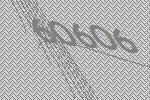
60606